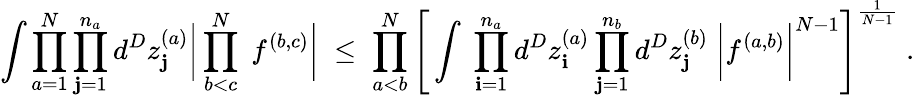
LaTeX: \int\prod_{a=1}^{N}\prod_{\mathbf{j}=1}^{n_{a}}d^{D}z_{\mathbf{j}}^{(a)}\bigg|\prod_{b<c}^{N}\; f^{(b,c)}\bigg|\; \leq\; \prod_{a<b}^{N}\Bigg[\int\; \prod_{\mathbf{i}=1}^{n_{a}}d^{D}z_{\mathbf{i}}^{(a)}\prod_{\mathbf{j}=1}^{n_{b}}d^{D}z_{\mathbf{j}}^{(b)}\; \bigg|f^{(a,b)}\bigg|^{N-1}\Bigg]^{\frac{{1}}{{N-1}}}\; .